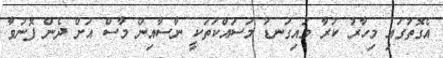
އެގޮތުގައި މިހާރު ކުރާ މައިގަނޑު މަސައްކަތަކީ ނާސާއިން މާސް އަށް ދެން ފޮނުވާ